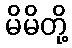
မိမိတို့